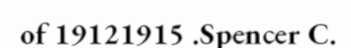
of 19121915 .Spencer C.